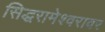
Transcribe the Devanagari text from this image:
सिद्धरामेश्वरावर